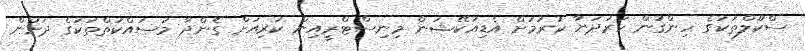
ސްކޫލްތަކުގެ ހިންގުން ހަރުދަނާ ކުރުމަށް އެޑިއުކޭޝަން މިނިސްޓްރީއިން ކުރިއަށް ގެންދާ މަސައްކަތްތަކުގެ ދަށުން